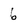
Character: 6